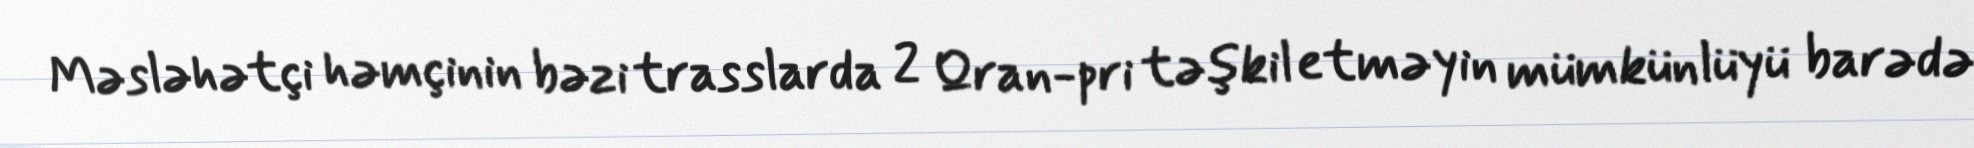
Məsləhətçi həmçinin bəzi trasslarda 2 Qran-pri təşkil etməyin mümkünlüyü barədə